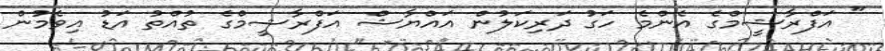
" އަފްރާޝީމްގެ އެންމެ ހަގު ދަރިކަލުން އައްޔާޝް އަފްރާޝީމްގެ ތުއްތު އަޑު އިވެމުން